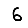
Digit: 6